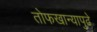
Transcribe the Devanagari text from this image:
तोफखान्यापुढे